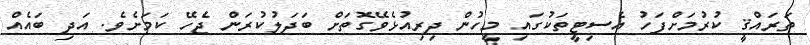
ތަރައްޤީ ކުރުމަށްފަހު އެސިޓީތަކުގައި މީހުން ދިރިއުޅެވޭގޮތަށް ބަދަލުކުރަން ޖެހޭ ކަމަށެވެ. އަދި ބައެއް